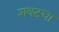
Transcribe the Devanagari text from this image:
शवटचा